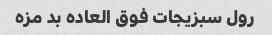
رول سبزیجات فوق العاده بد مزه